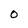
Character: O